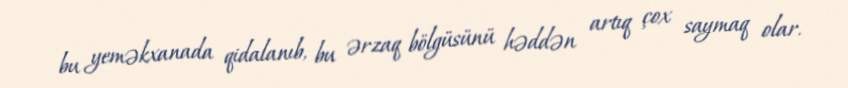
bu yeməkxanada qidalanıb, bu ərzaq bölgüsünü həddən artıq çox saymaq olar.